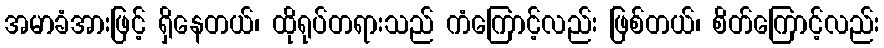
အမာခံအားဖြင့် ရှိနေတယ်၊ ထိုရုပ်တရားသည် ကံကြောင့်လည်း ဖြစ်တယ်၊ စိတ်ကြောင့်လည်း